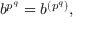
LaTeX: b ^ { p ^ { q } } = b ^ { \left( p ^ { q } \right) } ,